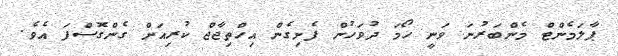
ޕާލަމެންޓް މެންބަރުނަ ވަނީ ހޯމަ ދުވަހުން ފެށިގެން އިހްތިޖާޖް ކުރިއަށް ގެންގޮސްފަ އެވެ.